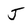
Character: J